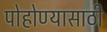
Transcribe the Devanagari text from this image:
पोहोण्यासाठी